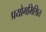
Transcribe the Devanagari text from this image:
प्रयोगमिश्रित